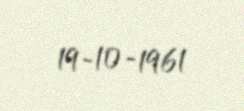
19-10-1961